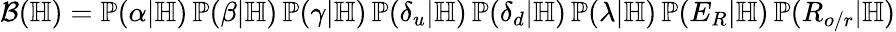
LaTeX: \mathcal B(\mathbb H)=\mathbb P(\alpha|\mathbb H)\, \mathbb P(\beta|\mathbb H)\, \mathbb P(\gamma|\mathbb H)\, \mathbb P(\delta_{u}|\mathbb H)\, \mathbb P(\delta_{d}|\mathbb H)\, \mathbb P(\lambda|\mathbb H)\, \mathbb P(E_{R}|\mathbb H)\, \mathbb P(R_{o/r}|\mathbb H)